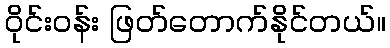
ဝိုင်း၀န်း ဖြတ်တောက်နိုင်တယ်။